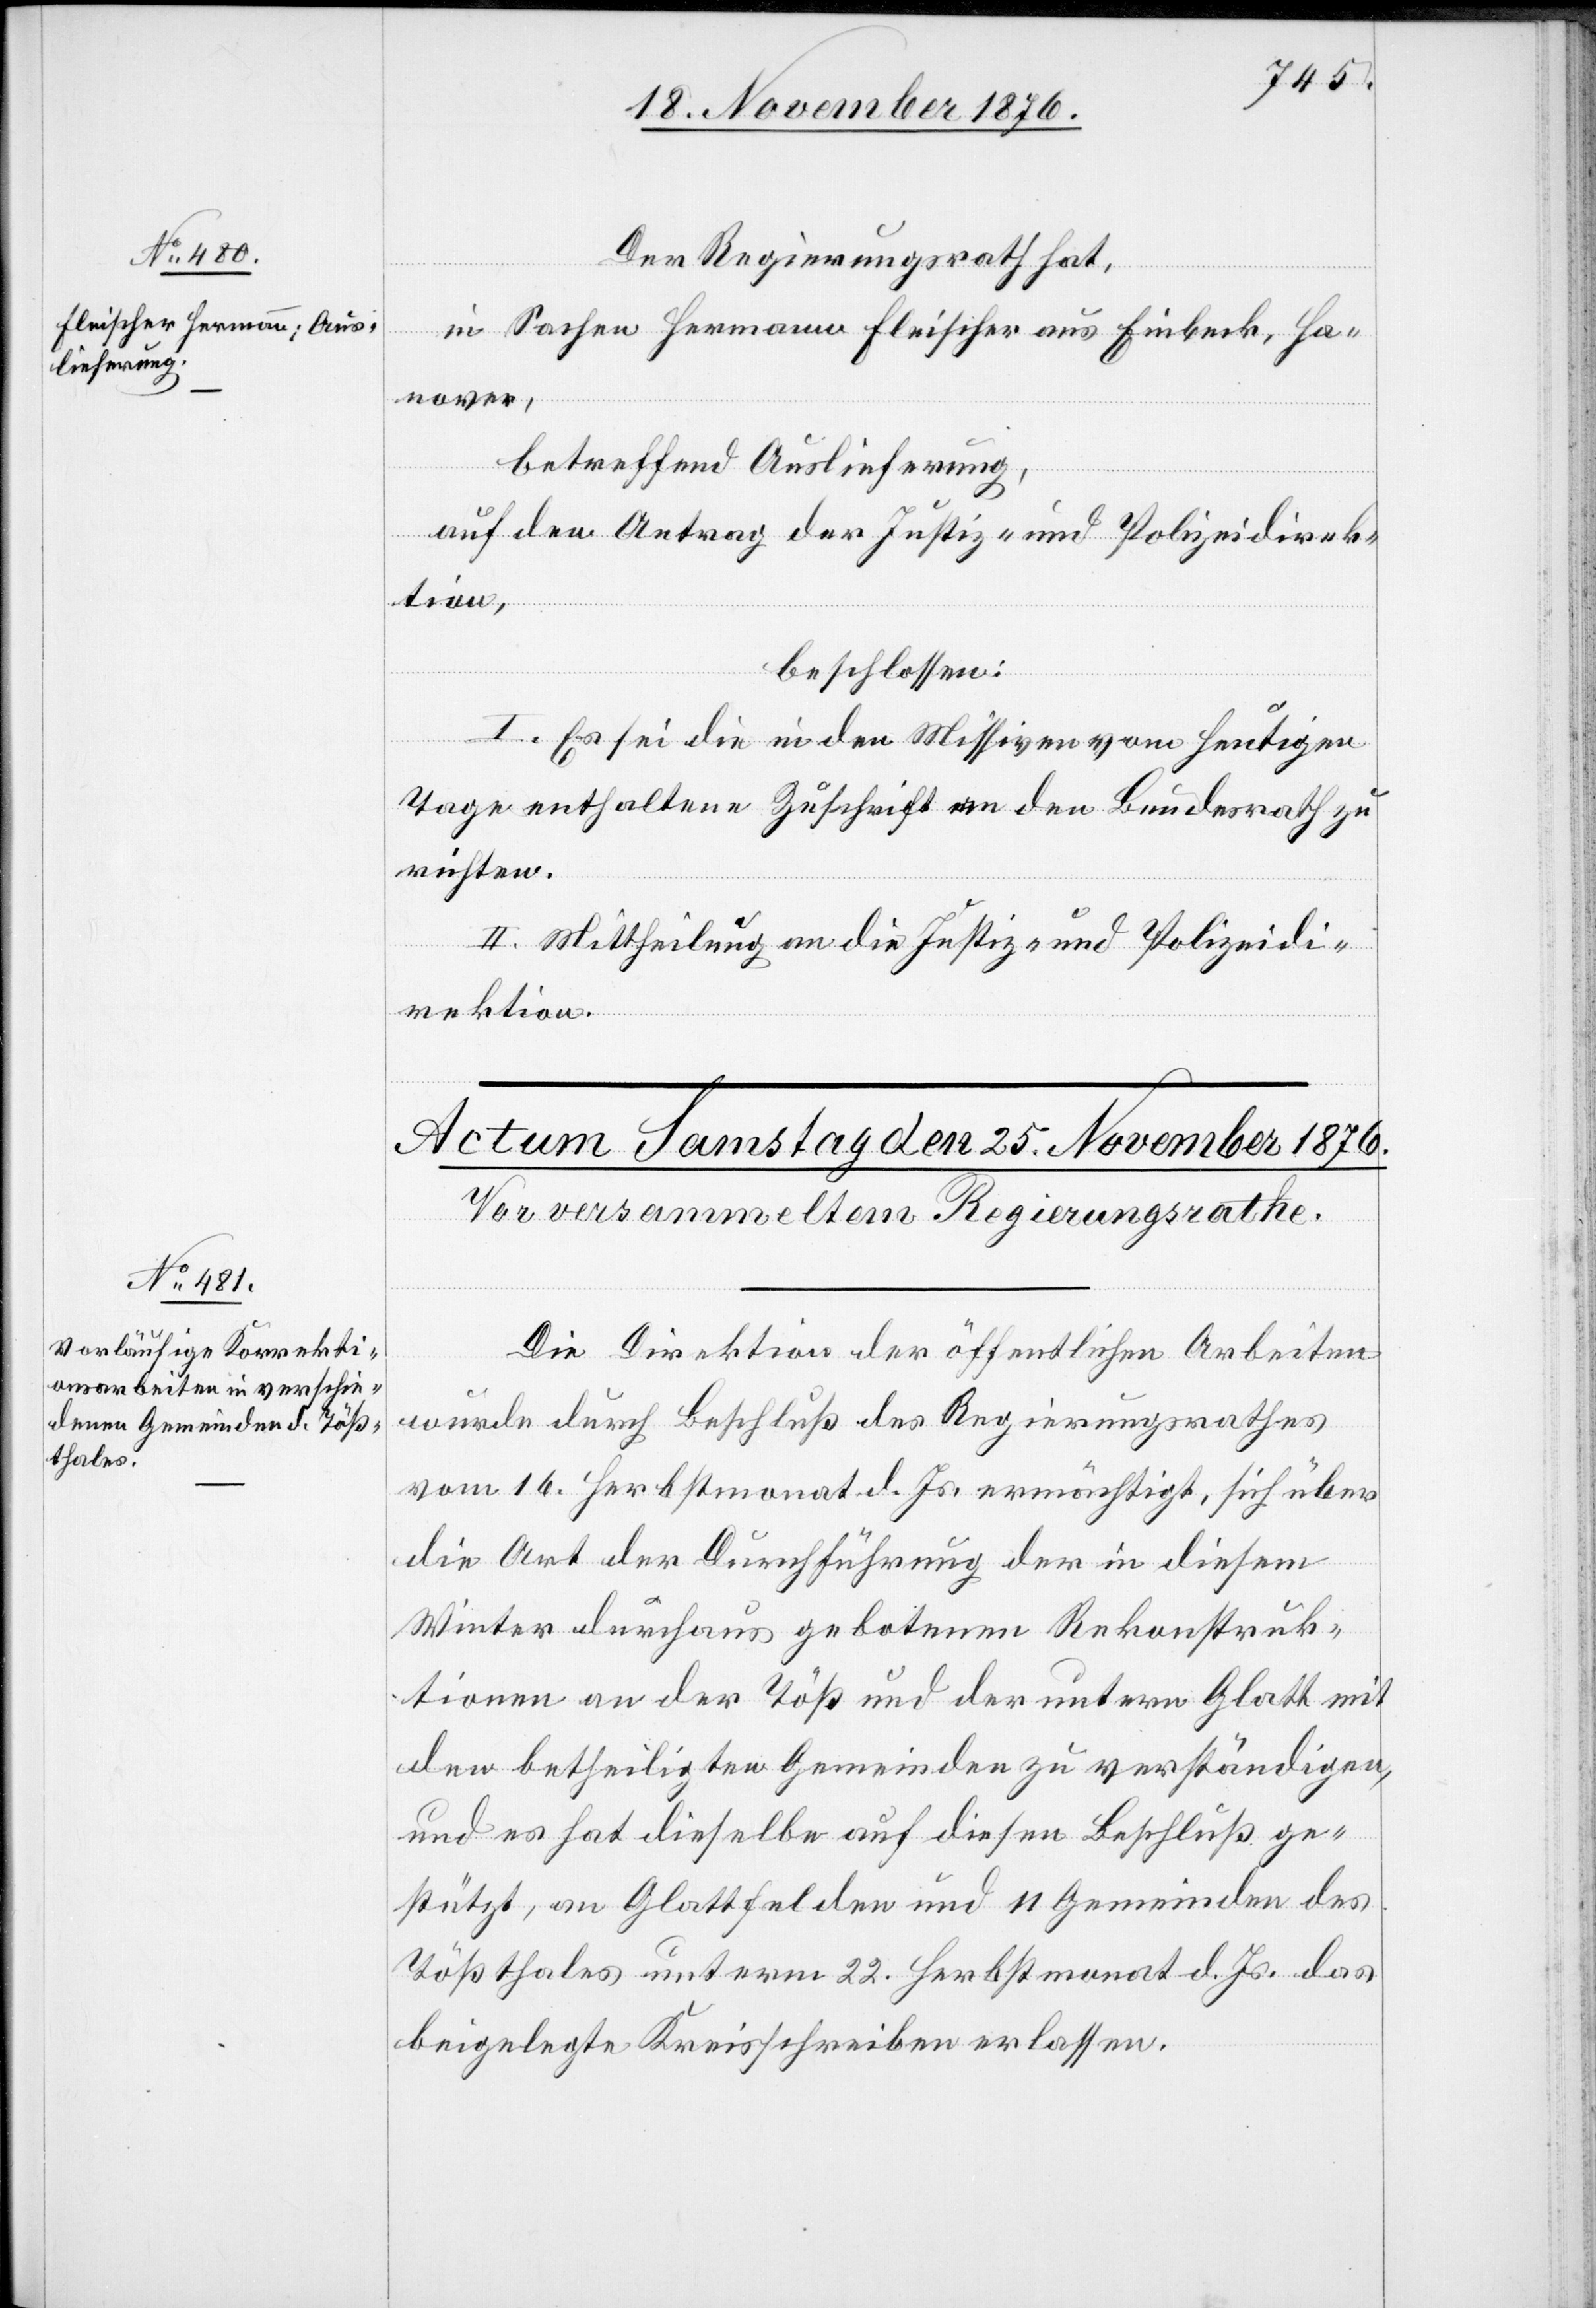
Nov. 1876.]

24.
Der Regierungsrath hat,
in Sachen Hermann Fleischer aus Einbeck, Ha¬
nover,
betreffend Auslieferung,
auf den Antrag der Justiz- und Polizeidirek¬
tion,
beschlossen:
I. Es sei die in den Missiven vom heutigen
Tage enthaltene Zuschrift an den Bundesrath zu
richten.
II. Mittheilung an die Justiz- und Polizeidi¬
rektion.
Die Direktion der öffentlichen Abreiten
wurde durch Beschluß des Regierungsrathes
vom 16. Herbstmonat d. Js. ermächtigt, sich über
die Art der Durchführung der in diesem
Winter durchaus gebotenen Rekonstruk¬
tionen an der Töß und der untern Glatt mit
den betheiligten Gemeinden zu verständigen,
und es hat dieselbe auf diesen Beschluß ge¬
stützt, an Glattfelden und 11 Gemeinden des
Tößthales unterm 22 Herbstmonat d. Js. das
beigelegte Kreisschreiben erlassen.